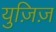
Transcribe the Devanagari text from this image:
युज़िज़